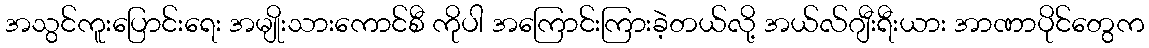
အသွင်ကူးပြောင်းရေး အမျိုးသားကောင်စီ ကိုပါ အကြောင်းကြားခဲ့တယ်လို့ အယ်လ်ဂျီးရီးယား အာဏာပိုင်တွေက